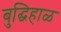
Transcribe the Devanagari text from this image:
बुद्घिहाळ